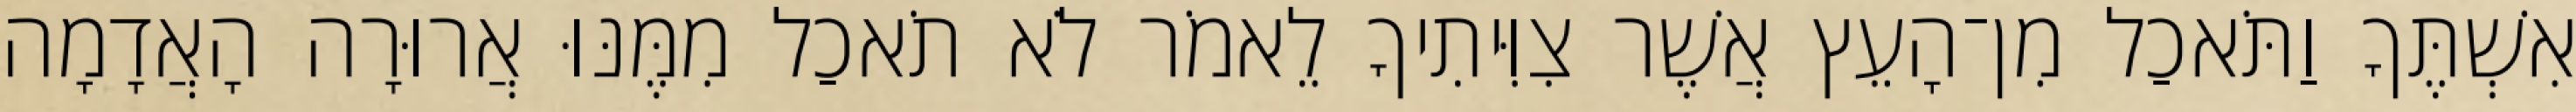
אִשְׁתֶּךָ וַתֹּאכַל מִן־הָעֵץ אֲשֶׁר צִוִּיתִיךָ לֵאמֹר לֹא תֹאכַל מִמֶּנּוּ אֲרוּרָה הָאֲדָמָה